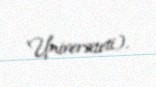
Universiteti).